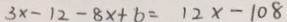
3 x - 1 2 - 8 x + 6 = 1 2 x - 1 0 8